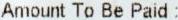
AMOUNT TO BE PAID :